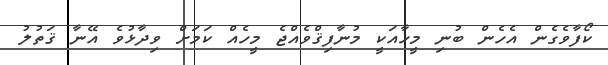
ކޯފާވެގެން އެހެން ބުނި މީހާއަކީ މުނާފިޤްވެއްޖެ މީހެއް ކަމަށް ވިދާޅުވެ އޭނާ ޤަތުލު